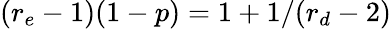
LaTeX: (r_{e}-1)(1-p)=1+1/(r_{d}-2)